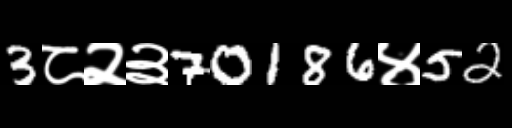
Text: 3८२३70186४52